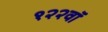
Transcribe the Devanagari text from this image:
१२२वॉ